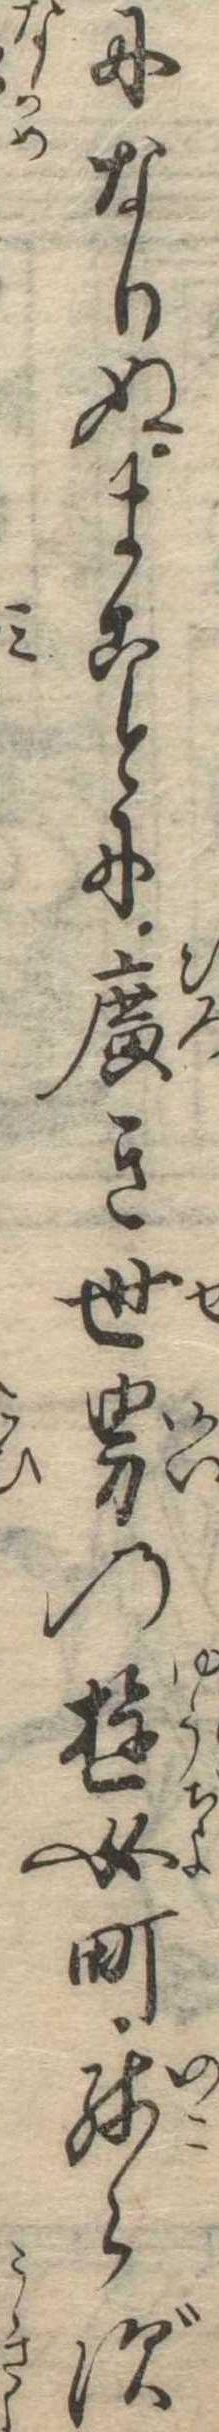
になりぬまことに広き世界の遊女町残らず